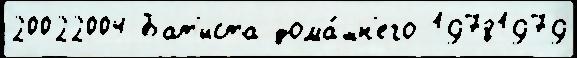
20022004 Бат'иста дома́шн'его 19781979